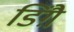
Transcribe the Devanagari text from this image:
डिंग़ै